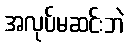
အလုပ်မဆင်းဘဲ